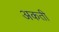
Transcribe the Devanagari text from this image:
अकती